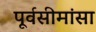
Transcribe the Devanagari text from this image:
पूर्वसीमांसा